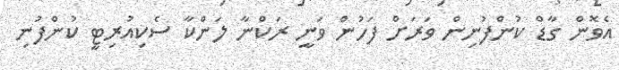
އެވޮން ގާޑް ކުންފުނިން ވަރަށް ފަހުން ވަނީ ރަކްނާ ލަންކާ ސެކިއުރިޓީ ކުންފުނި